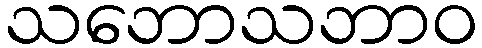
သဘောသဘာဝ